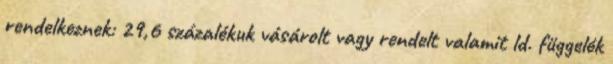
rendelkeznek: 29,6 százalékuk vásárolt vagy rendelt valamit ld. függelék